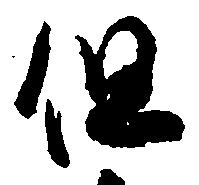
但